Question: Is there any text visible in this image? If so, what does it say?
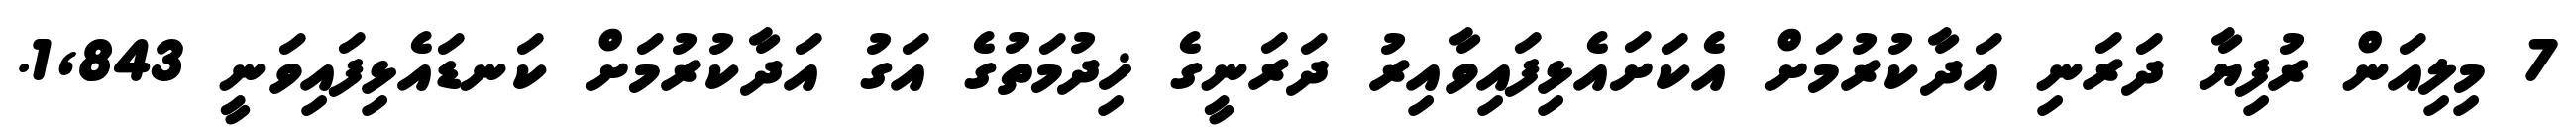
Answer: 7 މިލިއަން ރުފިޔާ ދަރަނި އަދާކުރުމަށް އެކަށައެޅިފައިވާއިރު ދަރަނީގެ ޚިދުމަތުގެ އަގު އަދާކުރުމަށް ކަނޑައެޅިފައިވަނީ 1,843.